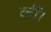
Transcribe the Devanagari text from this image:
कींं।